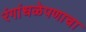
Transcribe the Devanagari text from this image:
रंगांधळेपणाचा